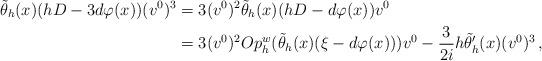
LaTeX: \begin{align*} \tilde{\theta}_h(x)(hD- 3 d\varphi(x))(v^0)^3 & = 3(v^0)^2 \tilde{\theta}_h(x)(hD-d\varphi(x))v^0 \\& = 3(v^0)^2 Op_h^w(\tilde{\theta}_h(x)(\xi-d\varphi(x)))v^0 - \frac{3}{2i}h \tilde{\theta}'_h(x)(v^0)^3\, ,\end{align*}